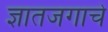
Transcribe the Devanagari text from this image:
ज्ञातजगाचे